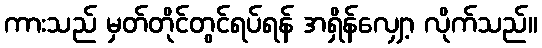
ကားသည် မှတ်တိုင်တွင်ရပ်ရန် အရှိန်လျှော့ လိုက်သည်။